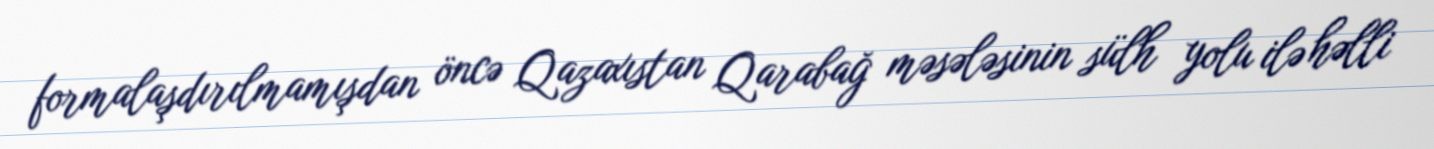
formalaşdırılmamışdan öncə Qazaxıstan Qarabağ məsələsinin sülh yolu ilə həlli